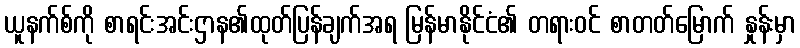
ယူနက်စ်ကို စာရင်းအင်းဌာန၏ထုတ်ပြန်ချက်အရ မြန်မာနိုင်ငံ၏ တရားဝင် စာတတ်မြောက် နှုန်းမှာ